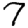
Digit: 7